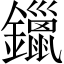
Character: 鑞